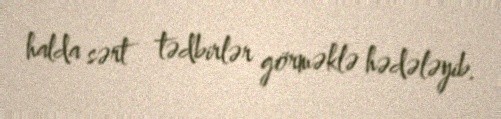
halda sərt tədbirlər görməklə hədələyib.